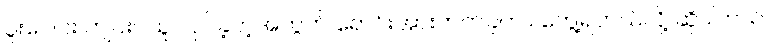
ပူးပေါင်း ကျင်းပသူ လုပ်ခဲ့တဲ့အတွက် ရောင်းအားတက်ခဲ့တာ တွေ့ရတယ်လို့ ဆိုပါတယ်။